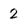
Character: 2